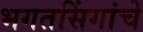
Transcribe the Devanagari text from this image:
भगतसिंगांचे